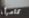
كامرأة